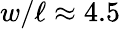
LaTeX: w/\ell\approx 4.5